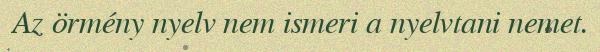
Az örmény nyelv nem ismeri a nyelvtani nemet.